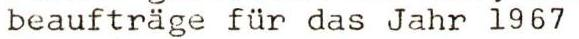
beaufträge für das Jahr 1967